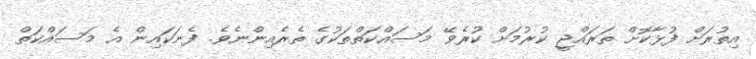
އިތުރަށް ފުޅާކޮށް ތަރައްޖީ ކުރުމަށް ކުރެވޭ މަސައްކަތްތަކުގެ ތެރެއިންނެވެ. ފެނަކައިން އެ މަސައްކަތް